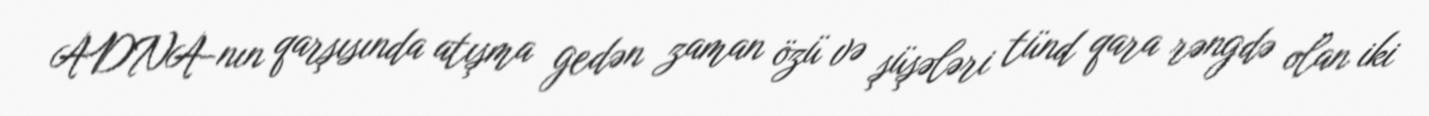
ADNA-nın qarşısında atışma gedən zaman özü və şüşələri tünd qara rəngdə olan iki